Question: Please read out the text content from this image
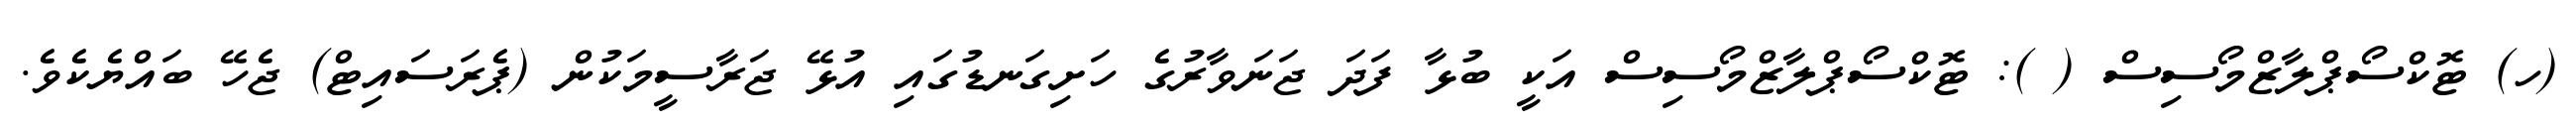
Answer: (ހ) ޓޮކްސޯޕްލާޒްމޯސިސް ( ): ޓޮކްސޯޕްލާޒްމޯސިސް އަކީ ބުޅާ ފަދަ ޖަނަވާރުގެ ހަށިގަނޑުގައި އުޅޭ ޖަރާސީމަކުން (ޕެރަސައިޓް) ޖެހޭ ބައްޔެކެވެ.